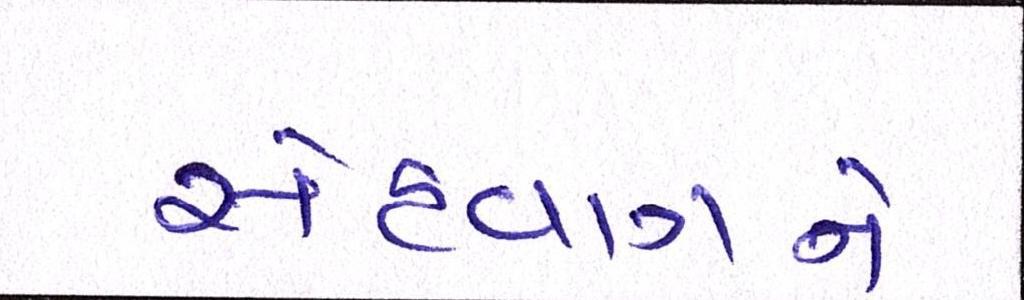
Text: સેહવાગને